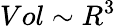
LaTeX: Vol\sim R^{3}